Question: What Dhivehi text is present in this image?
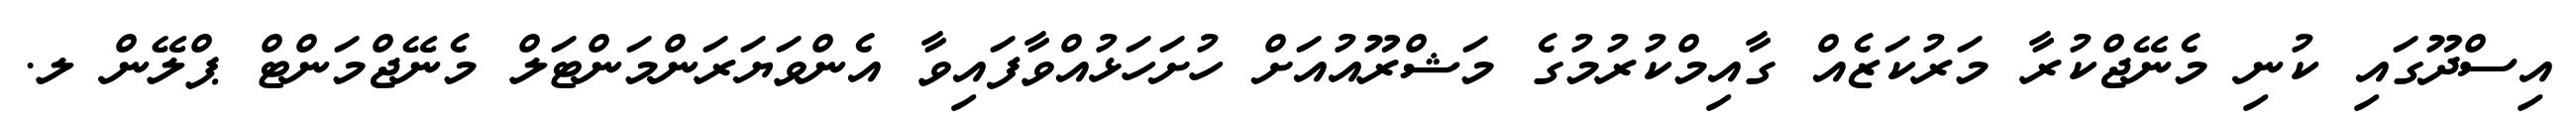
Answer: އިސްދޫގައި ކުނި މެނޭޖްކުރާ މަރުކަޒެއް ގާއިމްކުރުމުގެ މަޝްރޫއުއަށް ހުށަހަޅުއްވާފައިވާ އެންވަޔަރަންމަންޓަލް މެނޭޖްމަންޓް ޕްލޭން ލ.